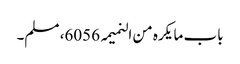
باب ما یکرہ من النمیمہ 6056، مسلم۔